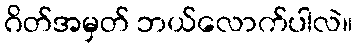
ဂိတ်အမှတ် ဘယ်လောက်ပါလဲ။